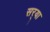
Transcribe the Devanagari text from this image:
सर्‍या